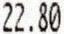
22.80